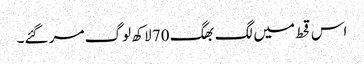
اس قحط میں لگ بھگ 70 لاکھ لوگ مر گئے۔